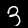
Digit: 3